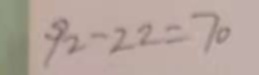
9 2 - 2 2 = 7 0